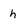
Character: h